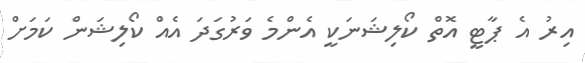
އިރު އެ ޕާޓީ އޮތް ކޯލިޝަނަކީ އެންމެ ވަރުގަދަ އެއް ކޯލިޝަން ކަމަށް